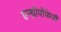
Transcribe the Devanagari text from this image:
एन्थ्रोपोफेजी